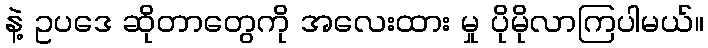
နဲ့ ဥပဒေ ဆိုတာတွေကို အလေးထား မှု ပိုမိုလာကြပါမယ်။